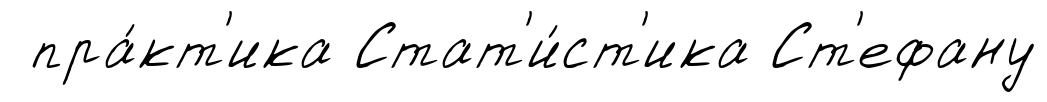
пра́кт'ика Стат'и́ст'ика Ст'ефану